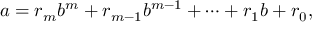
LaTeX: a = r _ { m } b ^ { m } + r _ { m - 1 } b ^ { m - 1 } + \dotsb + r _ { 1 } b + r _ { 0 } ,